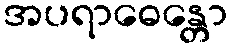
အပရာဓေန္တော